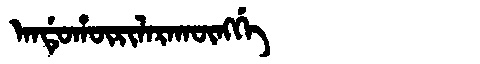
Manchu: ᠠᠨᡩᡠᡥᡡᡵᡳᠯᠠᡵᠠᡴᡡᠩᡤᡝ
Romanization: ANDUHŪRILARAKŪNGGE